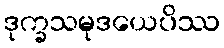
ဒုက္ခသမုဒယေပိဿ